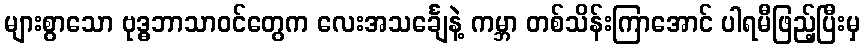
များစွာသော ဗုဒ္ဓဘာသာဝင်တွေက လေးအသင်္ချေနဲ့ ကမ္ဘာ တစ်သိန်းကြာအောင် ပါရမီဖြည့်ပြီးမှ